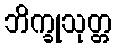
ဘိက္ခုသုတ္တ